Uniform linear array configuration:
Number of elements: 12
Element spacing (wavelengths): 0.5
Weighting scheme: exponential
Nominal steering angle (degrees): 30
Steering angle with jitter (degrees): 30.526
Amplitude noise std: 0.05
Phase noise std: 0.05

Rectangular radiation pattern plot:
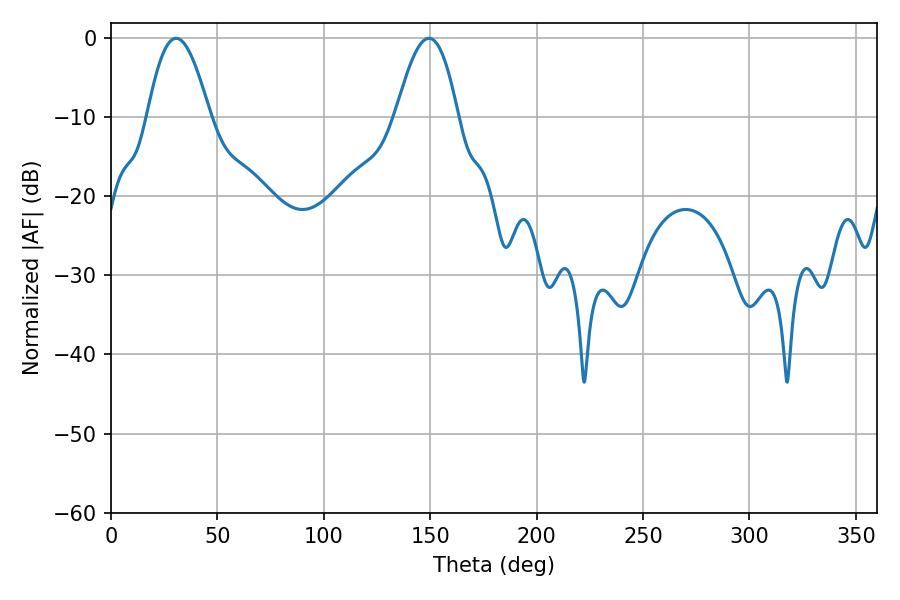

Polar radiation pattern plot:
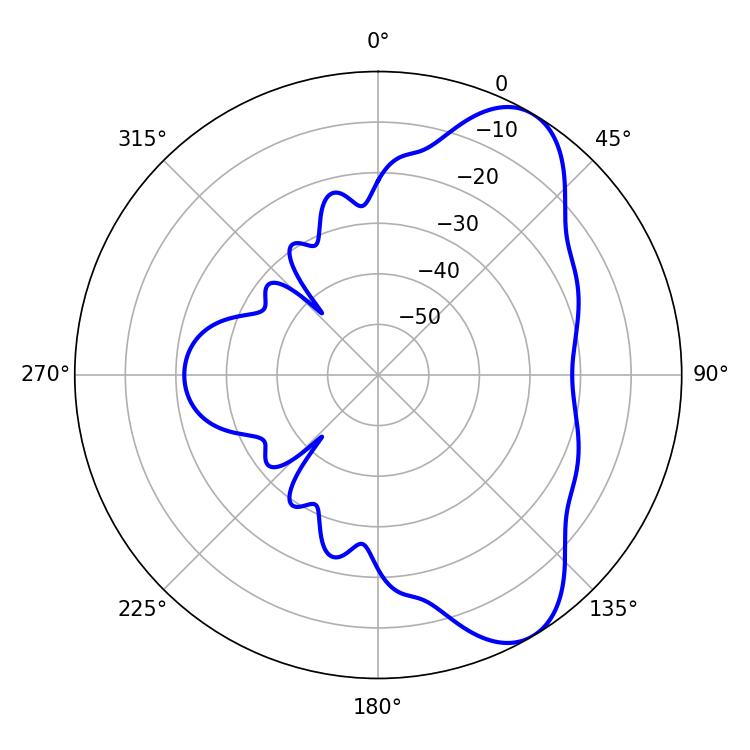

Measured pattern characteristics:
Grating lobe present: FALSE
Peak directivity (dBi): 7.781
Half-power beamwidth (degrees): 15.84
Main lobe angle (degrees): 30.6